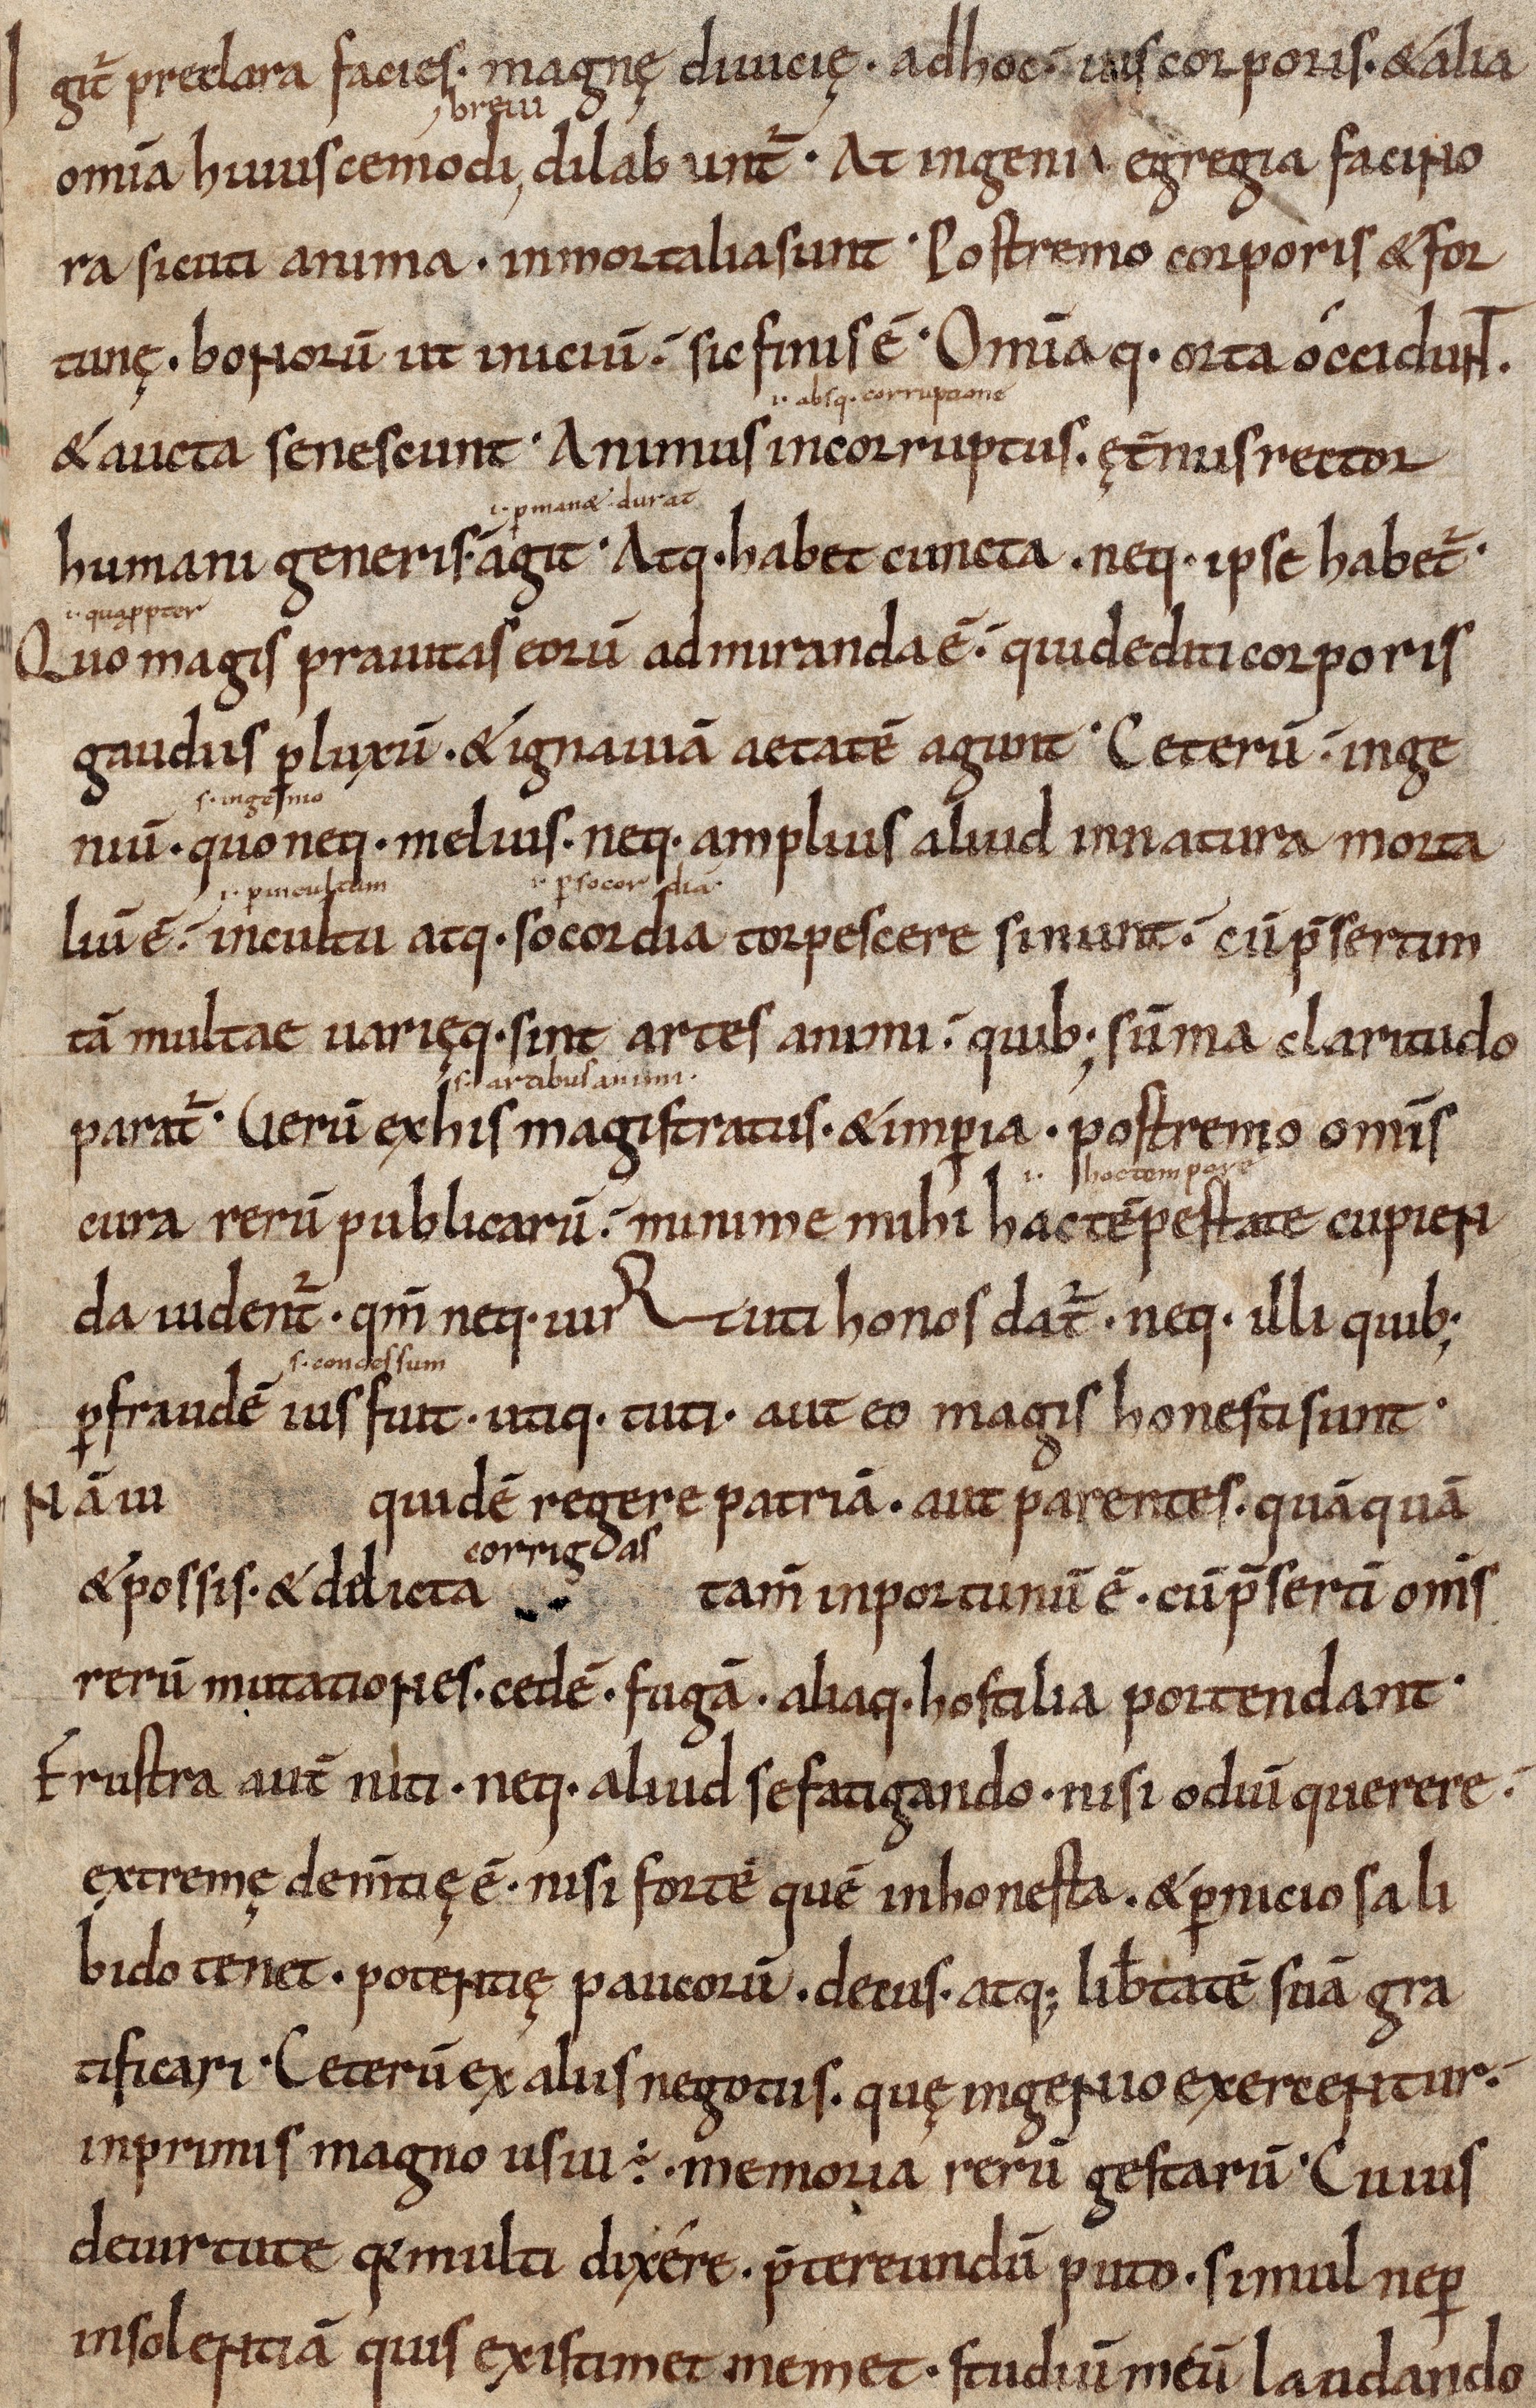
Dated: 1000–1099